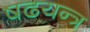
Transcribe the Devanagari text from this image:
षढयन्त्र